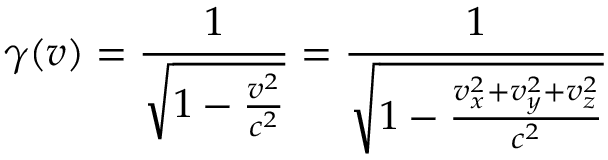
\gamma ( v ) = { \frac { 1 } { \sqrt { 1 - { \frac { v ^ { 2 } } { c ^ { 2 } } } } } } = { \frac { 1 } { \sqrt { 1 - { \frac { v _ { x } ^ { 2 } + v _ { y } ^ { 2 } + v _ { z } ^ { 2 } } { c ^ { 2 } } } } } }